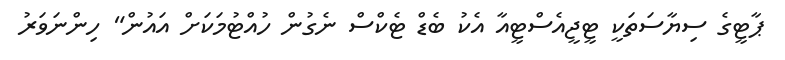
ޕާޓީގެ ސިޔާސަތަކީ ޓީޖީއެސްޓީއާ އެކު ބެޑް ޓެކްސް ނެގުން ހުއްޓުމަކަށް އައުން" ހިންނަވަރު